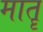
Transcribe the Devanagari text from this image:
मातॄ